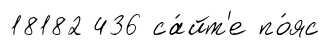
18182 436 са́йт'е по́яс